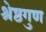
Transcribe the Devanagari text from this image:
श्रेष्ठगुण